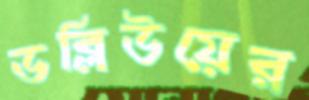
ডব্লিউয়ের